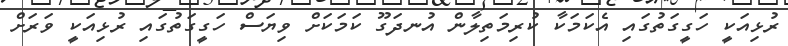
ރުޅިއަކީ ހަގީގަތުގައި އެކަމަކާ ކުރިމަތިލާން އުނދަގޫ ކަމަކަށް ވިޔަސް ހަގީގަތުގައި ރުޅިއަކީ ވަރަށް